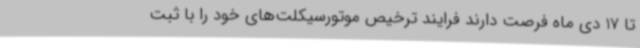
تا 17 دی ماه فرصت دارند فرایند ترخیص موتورسیکلت‌های خود را با ثبت